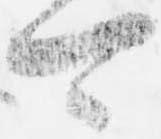
可